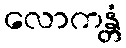
လောကန္တံ